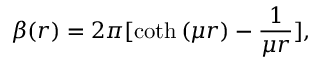
\beta ( r ) = { 2 \pi } [ \coth { ( \mu r ) } - \frac { 1 } { \mu r } ] ,